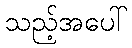
သည့်အပေါ်